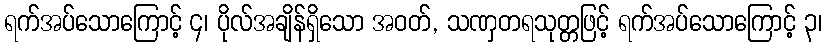
ရက်အပ်သောကြောင့် ၄၊ ပိုလ်အချိန်ရှိသော အဝတ်, သဏှတရသုတ္တဖြင့် ရက်အပ်သောကြောင့် ၃၊